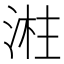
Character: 㴤